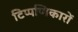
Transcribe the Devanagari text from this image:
टिप्पणिकारों